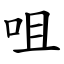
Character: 咀